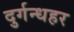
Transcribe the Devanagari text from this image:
दुर्गन्धहर